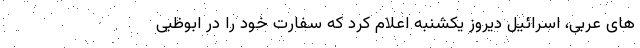
های عربی، اسرائیل دیروز یکشنبه اعلام کرد که سفارت خود را در ابوظبی